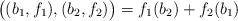
LaTeX: \begin{align*} \big( (b_1,f_1), (b_2,f_2) \big) = f_1(b_2) + f_2(b_1)\end{align*}